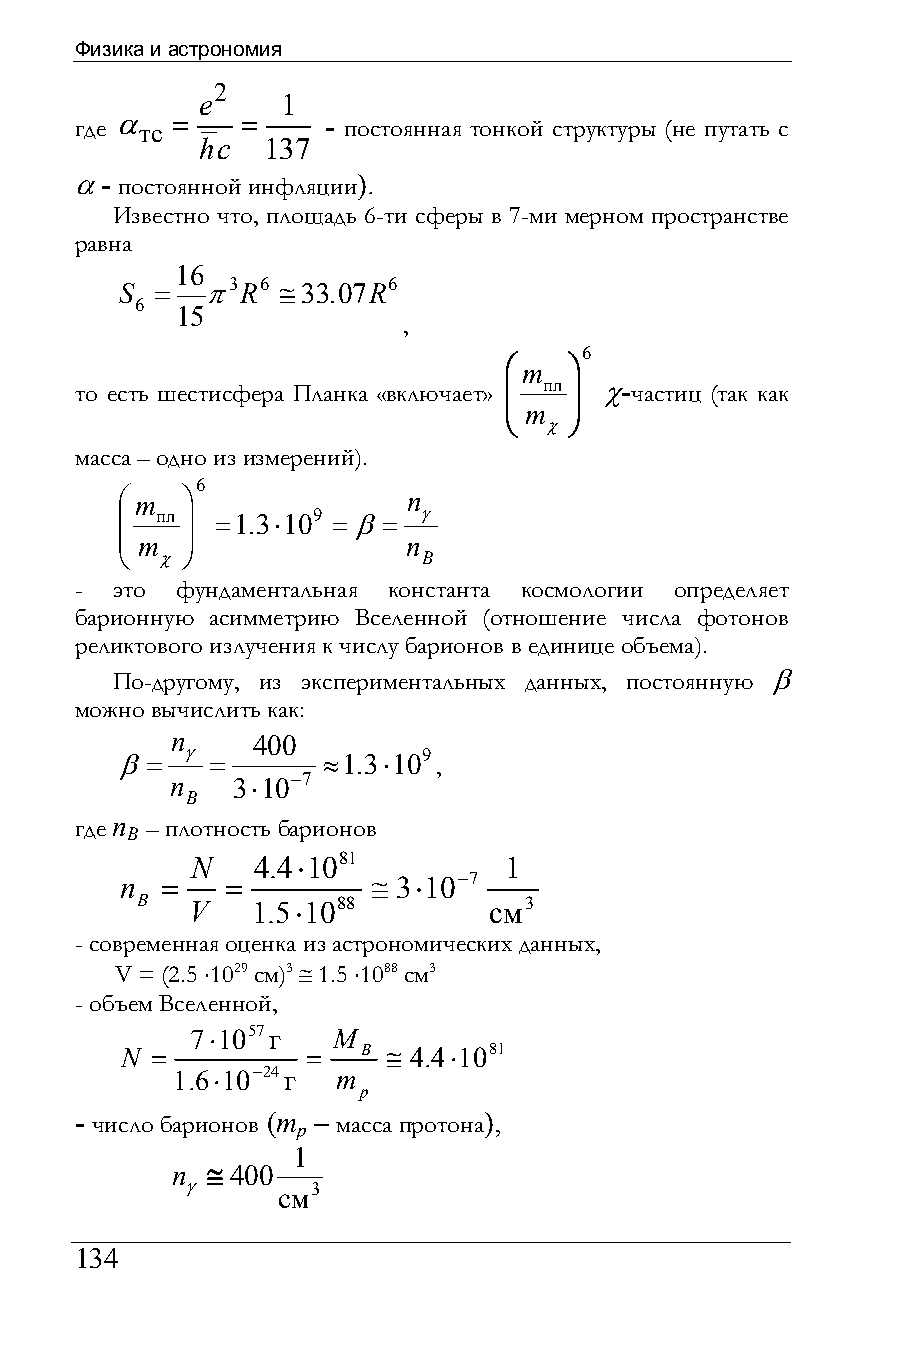
Физика и астрономия
 2
 e     1
 где α тс = =    - постоянная тонкой структуры (не путать с
 hc  137
 α - постоянной инфляции).
 Известно что, площадь 6-ти сферы в 7-ми мерном пространстве
 равна
 16
 S =   π3R6 ≅33.07R6
 6
 15
 ,
 6
 ⎛m   ⎞
 то есть шестисфера Планка «включает» ⎜ пл ⎟ χ-частиц (так как
 ⎜    ⎟
 m
 ⎝  χ ⎠
 масса – одно из измерений).
 6
 ⎛m  ⎞              n
 ⎜ пл ⎟ =1.3⋅109 =β= γ
 ⎜   ⎟
 m                 n
 ⎝ χ ⎠               B
 - это  фундаментальная константа космологии определяет
 барионную асимметрию Вселенной (отношение числа фотонов
 реликтового излучения к числу барионов в единице объема).
 По-другому, из экспериментальных данных, постоянную β
 можно вычислить как:
 n     400
 β=  γ =      ≈1.3⋅109 ,
 n   3⋅10−7
 B
 где n – плотность барионов
 B
 N   4.4⋅1081        1
 n  =   =         ≅ 3⋅10−7
 B  V    1.5⋅1088       см3
 - современная оценка из астрономических данных,
 V = (2.5 ⋅1029 см)3 ≅ 1.5 ⋅1088 см3
 - объем Вселенной,
 7⋅1057г  M
 N =         =   B ≅ 4.4⋅1081
 1.6⋅10−24г m
 p
 - число барионов (m – масса протона),
 p
 1
 n  ≅ 400
 γ     см3
 134